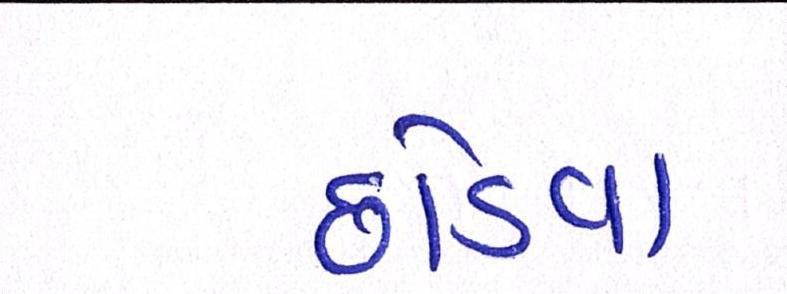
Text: છોડવા